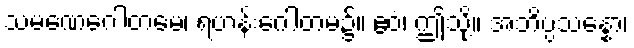
သမဏေဂေါတမေ၊ ရဟန်းဂေါတမ၌။ ဧဝံ၊ ဤသို့။ အဘိပ္ပသန္နော၊